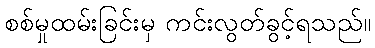
စစ်မှုထမ်းခြင်းမှ ကင်းလွတ်ခွင့်ရသည်။